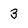
Character: 3